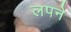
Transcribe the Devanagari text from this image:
लपने